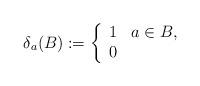
LaTeX: \begin{align*} \delta_a(B) := \left\{ \begin{array}{cl} 1 & a \in B, \\ 0 & \end{array} \right.\end{align*}